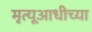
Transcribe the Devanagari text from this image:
मृत्यूआधीच्या